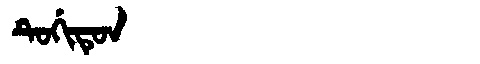
Manchu: ᡨᡠᡤᡳᡨᡠᠨ
Romanization: TUGITUN